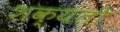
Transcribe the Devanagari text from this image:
शक्‍यतो